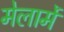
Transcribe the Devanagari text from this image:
मेलार्मे